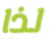
لذا